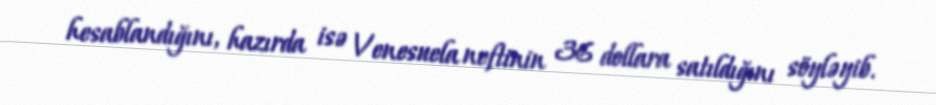
hesablandığını, hazırda isə Venesuela neftinin 36 dollara satıldığını söyləyib.